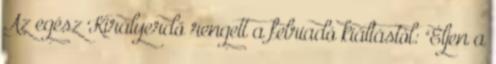
Az egész Királyerdő rengett a felriadó kiáltástól: "Éljen a